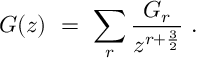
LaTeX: G ( z ) \ = \ \sum _ { r } { \frac { G _ { r } } { z ^ { r + { \frac { 3 } { 2 } } } } } \ .